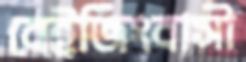
বেইজিংবাসী